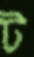
ট